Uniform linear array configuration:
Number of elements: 16
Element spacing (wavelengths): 0.75
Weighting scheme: hamming
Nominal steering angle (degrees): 0
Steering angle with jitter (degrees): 0.719
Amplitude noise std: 0.05
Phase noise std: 0.05

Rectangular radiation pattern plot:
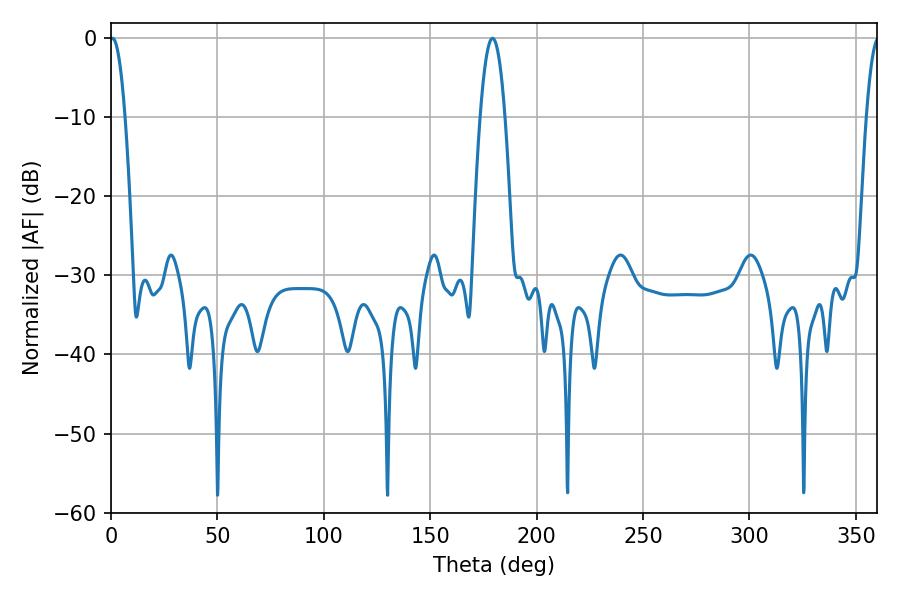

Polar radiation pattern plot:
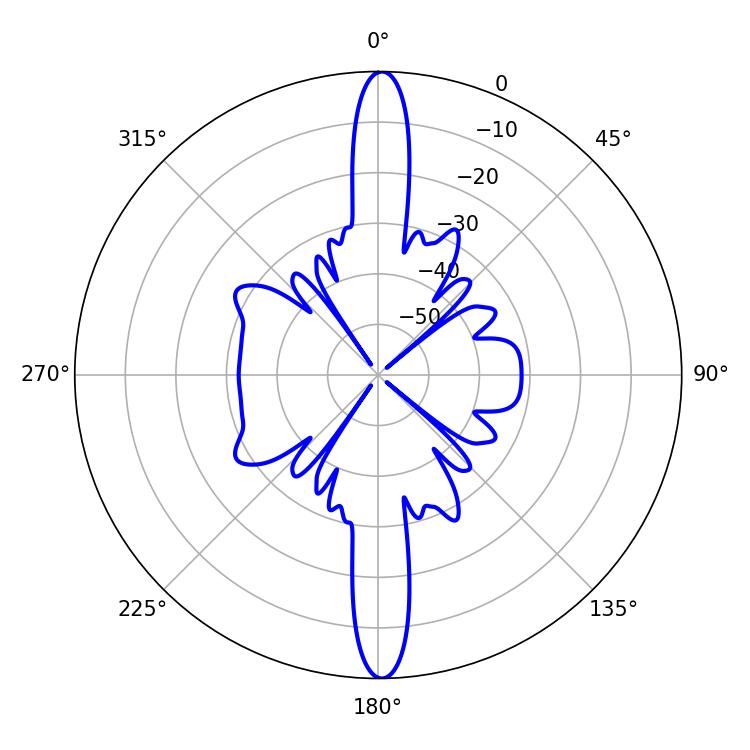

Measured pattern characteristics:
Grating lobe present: TRUE
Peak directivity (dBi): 28.802
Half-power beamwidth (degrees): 3.96
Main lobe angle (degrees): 0.72